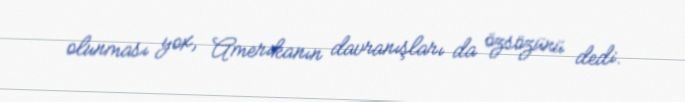
olunması yox, Amerikanın davranışları da özsözünü dedi.